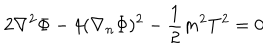
LaTeX: 2 \nabla ^ { 2 } \Phi - 4 ( \nabla _ { n } \Phi ) ^ { 2 } - \frac { 1 } { 2 } m ^ { 2 } T ^ { 2 } = 0